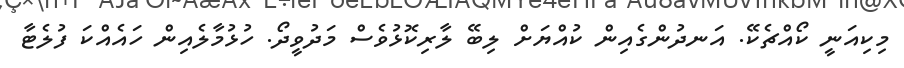
މިކިއަނީ ކޯއްޗެކޭ. އަނދުންގެއިން ކުއްޔަށް ލިބޭ ލާރިކޮޅުވެސް މަދުވީދޯ. ހުޅުމާލެއިން ހައެއްކަ ފުލެޓާ